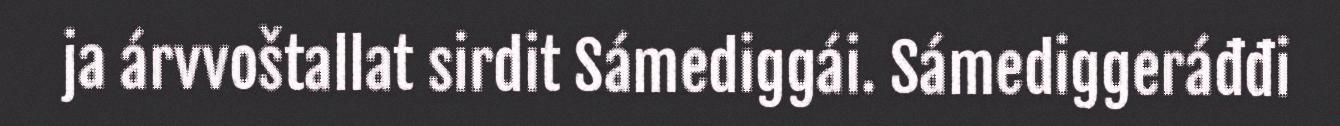
ja árvvoštallat sirdit Sámediggái. Sámediggeráđđi